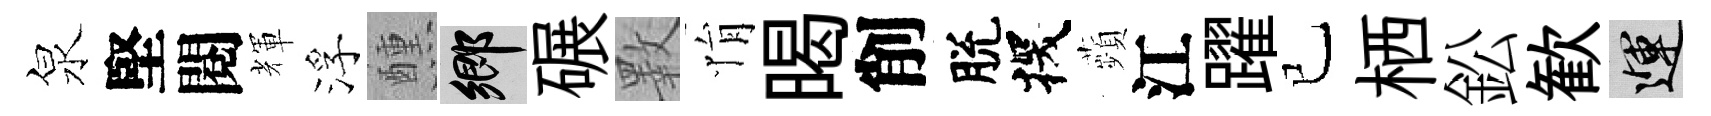
泉堅閱輝浮醺鄉碾斁悁暍削脫探蘋江躍已栖鈆歓運